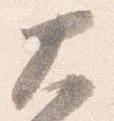
大